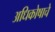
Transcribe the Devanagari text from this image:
अधिकोषाचे